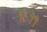
૧૮૧૧